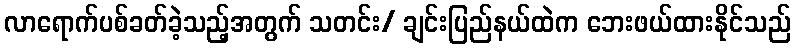
လာရောက်ပစ်ခတ်ခဲ့သည့်အတွက် သတင်း/ ချင်းပြည်နယ်ထဲက ဘေးဖယ်ထားနိုင်သည်